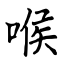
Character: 喉